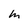
Character: m